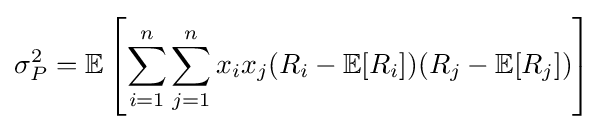
\sigma _{P}^{2}=\mathbb {E} \left[\sum _{i=1}^{n}\sum _{j=1}^{n}x_{i}x_{j}(R_{i}-\mathbb {E} [R_{i}])(R_{j}-\mathbb {E} [R_{j}])\right]